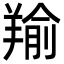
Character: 羭